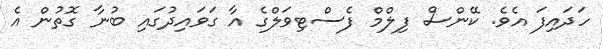
ހަދައިފަ އެވެ. ކޭންސް ފިލްމް ފެސްޓިވަލްގެ އާ ގަވައިދުގައި ބުނާ ގޮތުން އެ